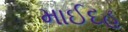
માઈદહ